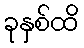
ခုနှစ်ထိ